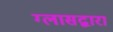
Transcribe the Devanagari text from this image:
ग्लासद्वारा